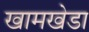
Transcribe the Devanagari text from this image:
खामखेडा